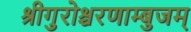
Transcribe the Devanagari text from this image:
श्रीगुरोश्चरणाम्बुजम्